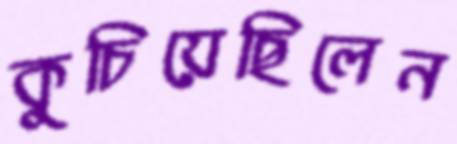
কুচিয়েছিলেন